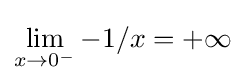
\lim _{x\to 0^{-}}{-1/x}=+\infty